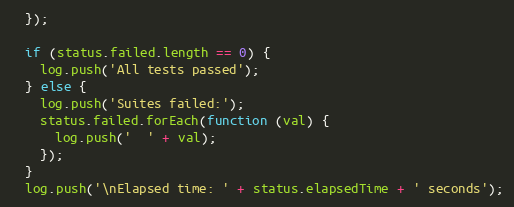
Language: JavaScript
  });

  if (status.failed.length == 0) {
    log.push('All tests passed');
  } else {
    log.push('Suites failed:');
    status.failed.forEach(function (val) {
      log.push('  ' + val);
    });
  }
  log.push('\nElapsed time: ' + status.elapsedTime + ' seconds');